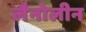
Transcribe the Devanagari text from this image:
लैनोलीन